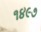
૧૪૯૭